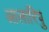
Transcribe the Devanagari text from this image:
आलारिपु